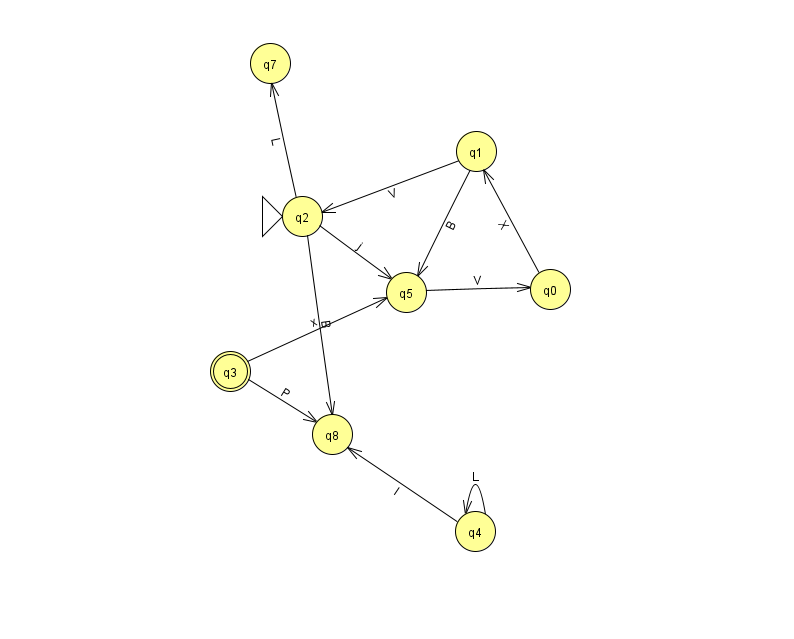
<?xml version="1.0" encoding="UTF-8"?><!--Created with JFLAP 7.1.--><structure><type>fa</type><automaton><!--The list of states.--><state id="0" name="q0"><x>550.0</x><y>276.0</y></state><state id="1" name="q1"><x>476.0</x><y>138.0</y></state><state id="2" name="q2"><x>302.0</x><y>203.0</y><initial/></state><state id="3" name="q3"><x>230.0</x><y>358.0</y><final/></state><state id="4" name="q4"><x>475.0</x><y>518.0</y></state><state id="5" name="q5"><x>406.0</x><y>279.0</y></state><state id="7" name="q7"><x>270.0</x><y>50.0</y></state><state id="8" name="q8"><x>332.0</x><y>421.0</y></state><!--The list of transitions.--><transition><from>5</from><to>0</to><read>V</read></transition><transition><from>2</from><to>5</to><read>j</read></transition><transition><from>1</from><to>5</to><read>B</read></transition><transition><from>3</from><to>5</to><read>x</read></transition><transition><from>2</from><to>8</to><read>B</read></transition><transition><from>4</from><to>8</to><read>I</read></transition><transition><from>3</from><to>8</to><read>P</read></transition><transition><from>1</from><to>2</to><read>V</read></transition><transition><from>2</from><to>7</to><read>L</read></transition><transition><from>4</from><to>4</to><read>L</read></transition><transition><from>0</from><to>1</to><read>X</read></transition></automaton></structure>